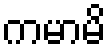
ကမာမိ